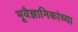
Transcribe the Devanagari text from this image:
भूवैज्ञानिकांच्या